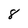
Character: 8